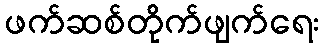
ဖက်ဆစ်တိုက်ဖျက်ရေး